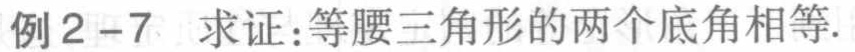
例 2 - 7  求证：等腰三角形的两个底角相等.